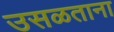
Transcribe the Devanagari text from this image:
उसळताना